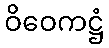
ဝိဝေကဋ္ဌံ